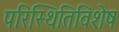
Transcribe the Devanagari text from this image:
परिस्थितिविशेष